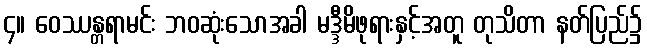
၄။ ဝေဿန္တရာမင်း ဘဝဆုံးသောအခါ မဒ္ဒီမိဖုရားနှင့်အတူ တုသိတာ နတ်ပြည်၌